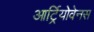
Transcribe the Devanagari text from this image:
आर्ट्रियोवेनस